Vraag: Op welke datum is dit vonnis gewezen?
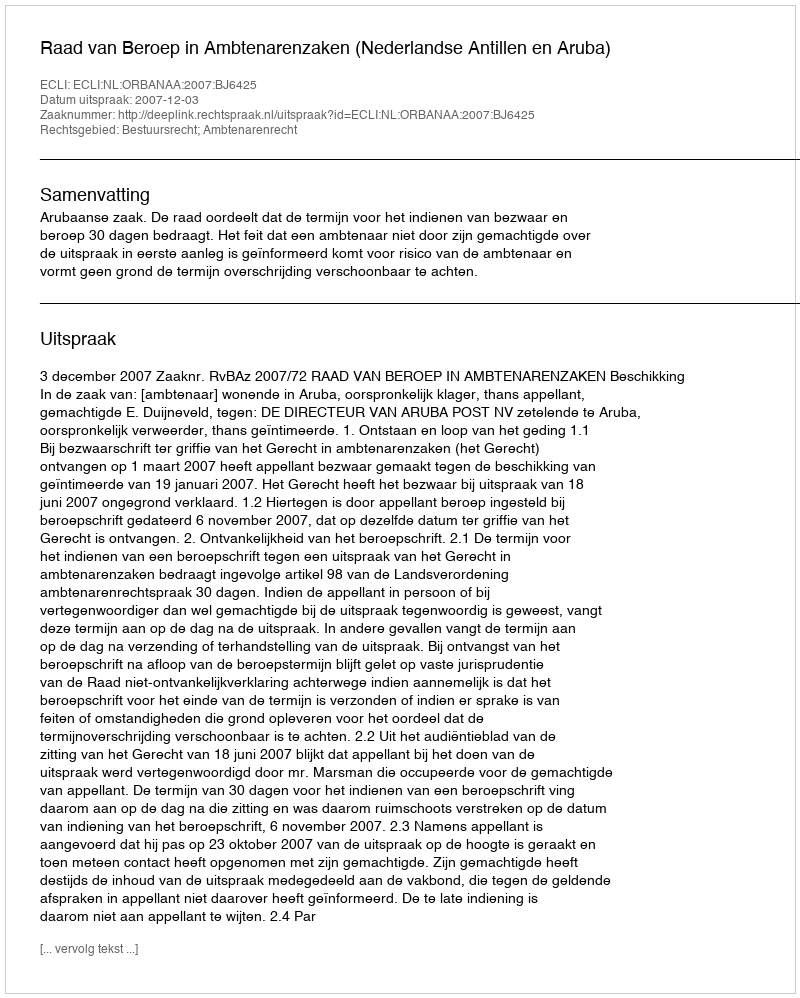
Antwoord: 2007-12-03